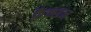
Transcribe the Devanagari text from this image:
फ़ैक्शन